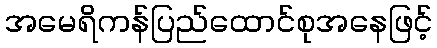
အမေရိကန်ပြည်ထောင်စုအနေဖြင့်